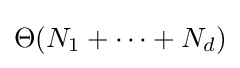
\Theta (N_{1}+\cdots +N_{d})